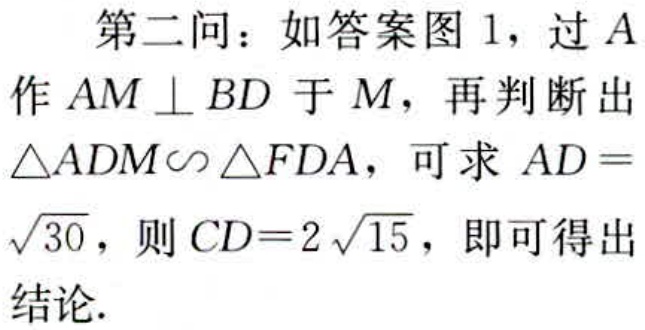
第二问：如答案图 1，过 \(A\) 作 \(AM \perp BD\) 于 \(M\)，再判断出 \(\triangle ADM\sim \triangle FDA\)，可求 \(AD = \sqrt{30}\)，则 \(CD = 2\sqrt{15}\)，即可得出结论.